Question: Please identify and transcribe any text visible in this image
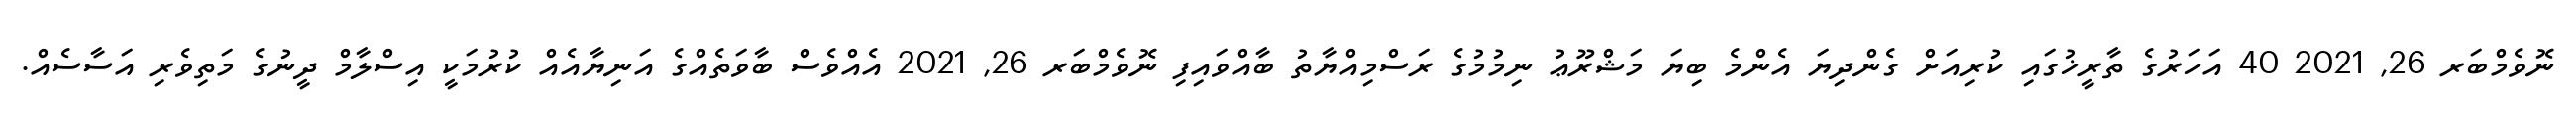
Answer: ނޮވެމްބަރ 26, 2021 40 އަހަރުގެ ތާރީޚުގައި ކުރިއަށް ގެންދިޔަ އެންމެ ބިޔަ މަޝްރޫޢު ނިމުމުގެ ރަސްމިއްޔާތު ބާއްވައިފި ނޮވެމްބަރ 26, 2021 އެއްވެސް ބާވަތެއްގެ އަނިޔާއެއް ކުރުމަކީ އިސްލާމް ދީނުގެ މަތިވެރި އަސާސެއް.